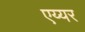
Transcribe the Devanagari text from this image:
एय्यर